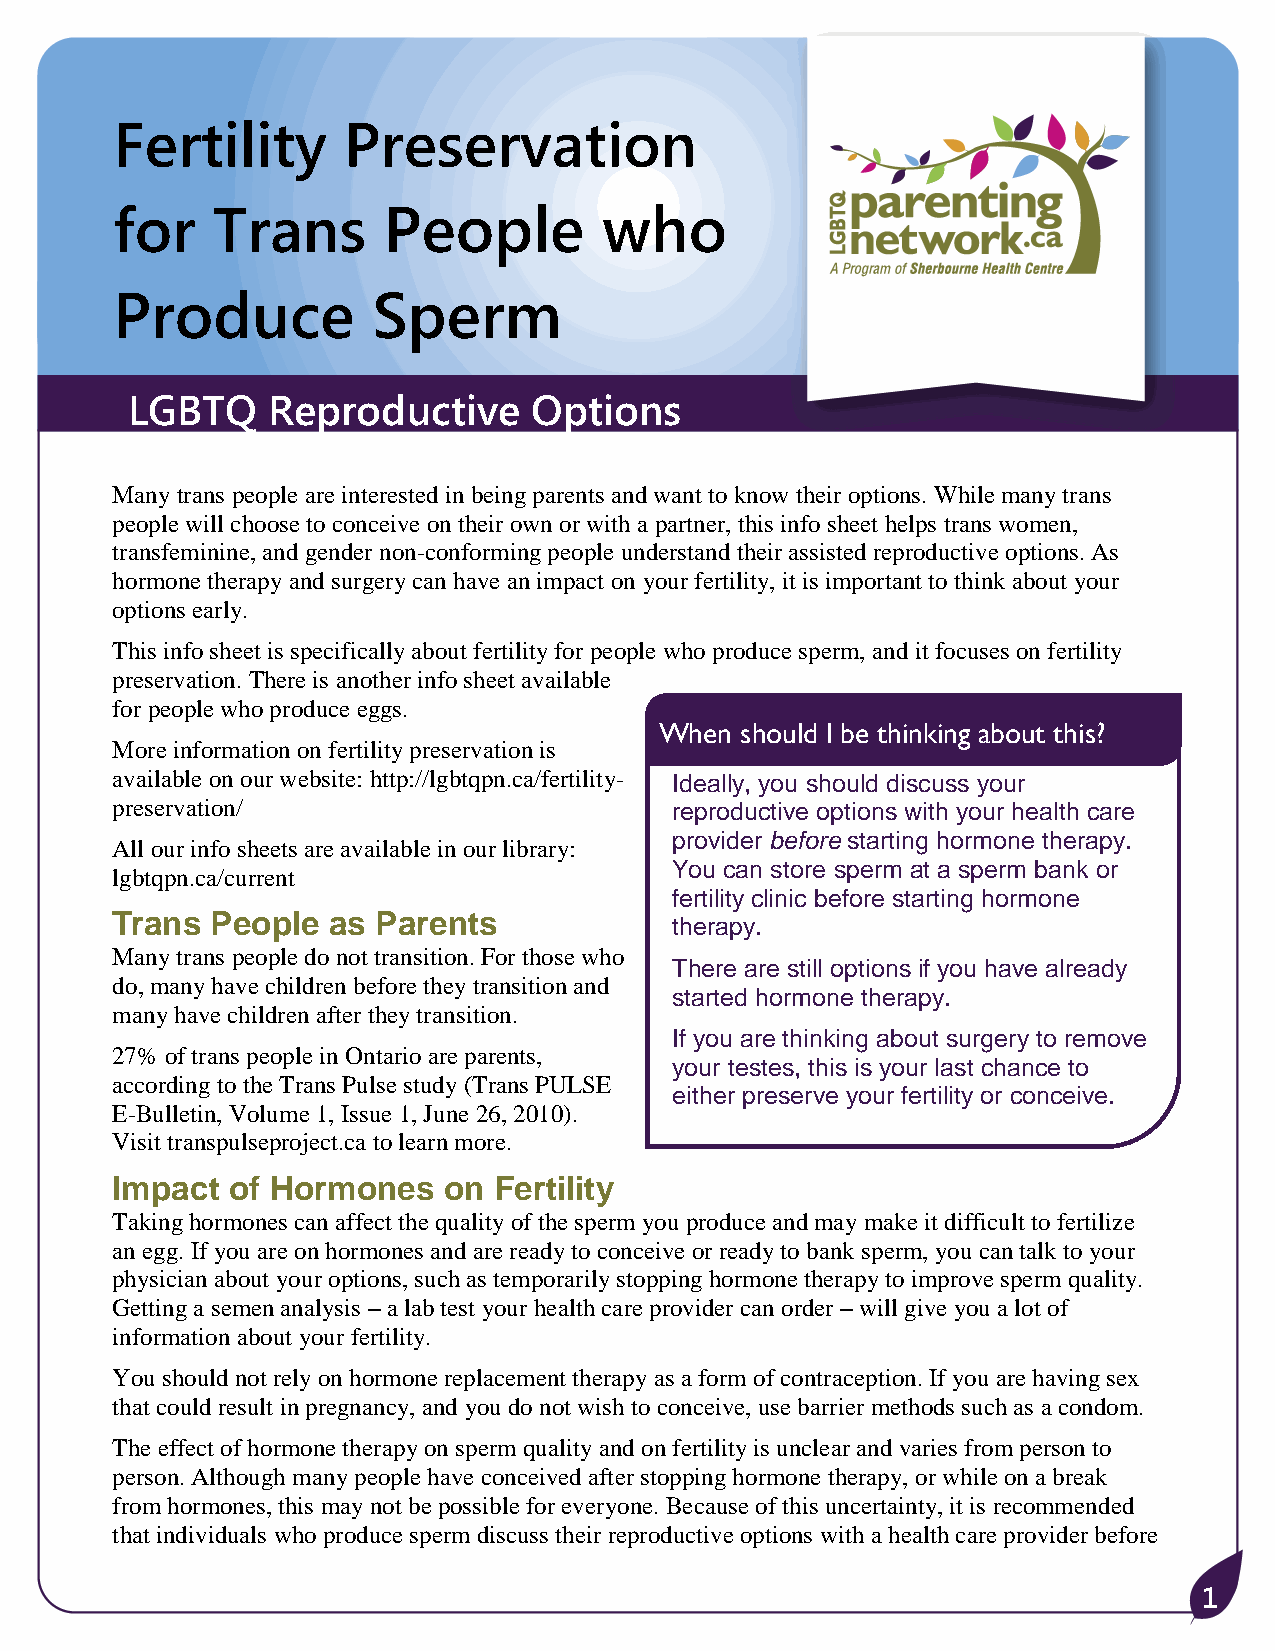
Fertility       Preservation
 for    Trans      People         who
 Produce           Sperm
 LGBTQ     Reproductive     Options
 Many trans people are interested in being parents and want to know their options. While many trans
 people will choose to conceive on their own or with a partner, this info sheet helps trans women,
 transfeminine, and gender non-conforming people understand their assisted reproductive options. As
 hormone therapy and surgery can have an impact on your fertility, it is important to think about your
 options early.
 This info sheet is specifically about fertility for people who produce sperm, and it focuses on fertility
 preservation. There is another info sheet available
 for people who produce eggs.
 When should I be thinking about this?
 More information on fertility preservation is
 available on our website: http://lgbtqpn.ca/fertility- Ideally, you should discuss your
 preservation/                        reproductive options with your health care
 provider before starting hormone therapy.
 All our info sheets are available in our library:
 You can store sperm at a sperm bank or
 lgbtqpn.ca/current
 fertility clinic before starting hormone
 Trans  People  as Parents
 therapy.
 Many trans people do not transition. For those who
 There are still options if you have already
 do, many have children before they transition and
 started hormone therapy.
 many have children after they transition.
 If you are thinking about surgery to remove
 27% of trans people in Ontario are parents,
 your testes, this is your last chance to
 according to the Trans Pulse study (Trans PULSE
 either preserve your fertility or conceive.
 E-Bulletin, Volume 1, Issue 1, June 26, 2010).
 Visit transpulseproject.ca to learn more.
 Impact  of Hormones   on  Fertility
 Taking hormones can affect the quality of the sperm you produce and may make it difficult to fertilize
 an egg. If you are on hormones and are ready to conceive or ready to bank sperm, you can talk to your
 physician about your options, such as temporarily stopping hormone therapy to improve sperm quality.
 Getting a semen analysis – a lab test your health care provider can order – will give you a lot of
 information about your fertility.
 You should not rely on hormone replacement therapy as a form of contraception. If you are having sex
 that could result in pregnancy, and you do not wish to conceive, use barrier methods such as a condom.
 The effect of hormone therapy on sperm quality and on fertility is unclear and varies from person to
 person. Although many people have conceived after stopping hormone therapy, or while on a break
 from hormones, this may not be possible for everyone. Because of this uncertainty, it is recommended
 that individuals who produce sperm discuss their reproductive options with a health care provider before
 1